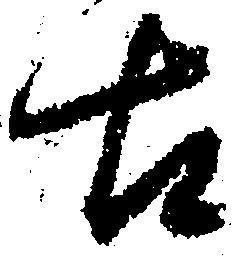
古